Report on vaccination in the Province of Bengal - 1874-1889
Year: 1874
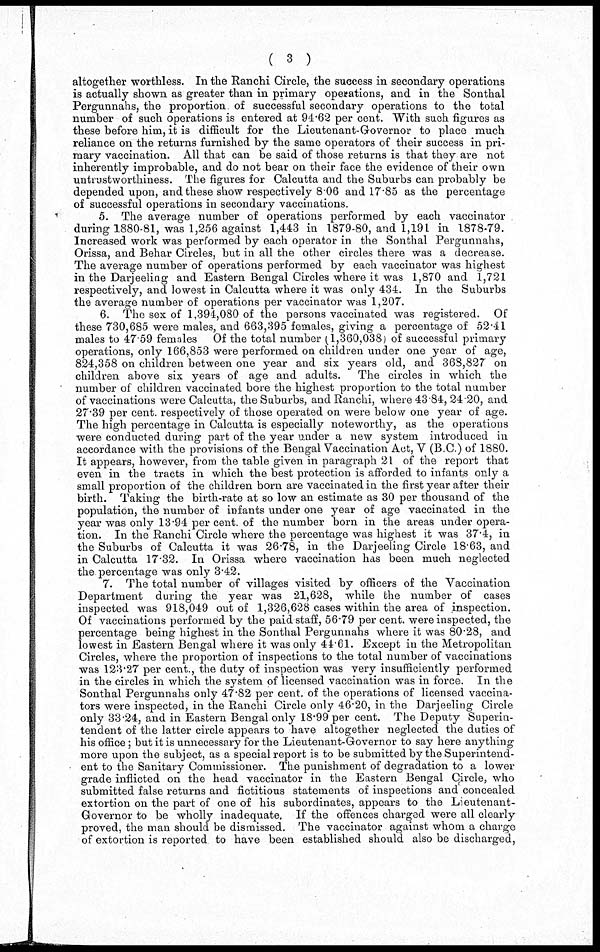
( 3 )
altogether worthless. In the Ranchi Circle, the success in secondary operations
is actually shown as greater than in primary operations, and in the Sonthal
Pergunnahs, the proportion of successful secondary operations to the total
number of such operations is entered at 94.62 per cent. With such figures as
these before him, it is difficult for the Lieutenant-Governor to place much
reliance on the returns furnished by the same operators of their success in pri-
mary vaccination. All that can be said of those returns is that they are not
inherently improbable, and do not bear on their face the evidence of their own
untrustworthiness. The figures for Calcutta and the Suburbs can probably be
depended upon, and these show respectively 8.06 and 17.85 as the percentage
of successful operations in secondary vaccinations.
5. The average number of operations performed by each vaccinator
during 1880-81, was 1,256 against 1,443 in 1879-80, and 1,191 in 1878-79.
Increased work was performed by each operator in the Sonthal Pergunnahs,
Orissa, and Behar Circles, but in all the other circles there was a decrease.
The average number of operations performed by each vaccinator was highest
in the Darjeeling and Eastern Bengal Circles where it was 1,870 and 1,721
respectively, and lowest in Calcutta where it was only 434. In the Suburbs
the average number of operations per vaccinator was 1,207.
6. The sex of 1,394,080 of the persons vaccinated was registered. Of
these 730,685 were males, and 663,395 females, giving a percentage of 52.41
males to 47.59 females Of the total number (1,360,038) of successful primary
operations, only 166,853 were performed on children under one year of age,
824,358 on children between one year and six years old, and 368,827 on
children above six years of age and adults. The circles in which the
number of children vaccinated bore the highest proportion to the total number
of vaccinations were Calcutta, the Suburbs, and Ranchi, where 43.84, 24.20, and
27.39 per cent. respectively of those operated on were below one year of age.
The high percentage in Calcutta is especially noteworthy, as the operations
were conducted during part of the year under a new system introduced in
accordance with the provisions of the Bengal Vaccination Act, V (B.C.) of 1880.
It appears, however, from the table given in paragraph 21 of the report that
even in the tracts in which the best protection is afforded to infants only a
small proportion of the children born are vaccinated in the first year after their
birth. Taking the birth-rate at so low an estimate as 30 per thousand of the
population, the number of infants under one year of age vaccinated in the
year was only 13.94 per cent. of the number born in the areas under opera-
tion. In the Ranchi Circle where the percentage was highest it was 37.4, in
the Suburbs of Calcutta it was 26.78, in the Darjeeling Circle 18.63, and
in Calcutta 17.32. In Orissa where vaccination has been much neglected
the. percentage was only 3.42.
7. The total number of villages visited by officers of the Vaccination
Department during the year was 21,628, while the number of cases
inspected was 918,049 out of 1,326,628 cases within the area of inspection.
Of vaccinations performed by the paid staff, 56.79 per cent. were inspected, the
percentage being highest in the Sonthal Pergunnahs where it was 80.28, and
lowest in Eastern Bengal where it was only 44.61. Except in the Metropolitan
Circles, where the proportion of inspections to the total number of vaccinations
was 123.27 per cent., the duty of inspection was very insufficiently performed
in the circles in which the system of licensed vaccination was in force. In the
Sonthal Pergunnahs only 47.82 per cent. of the operations of licensed vaccina-
tors were inspected, in the Ranchi Circle only 46.20, in the Darjeeling Circle
only 33.24, and in Eastern Bengal only 18.99 per cent. The Deputy Superin-
tendent of the latter circle appears to have altogether neglected the duties of
his office; but it is unnecessary for the Lieutenant-Governor to say here anything
more upon the subject, as a special report is to be submitted by the Superintend-
ent to the Sanitary Commissioner. The punishment of degradation to a lower
grade inflicted on the head vaccinator in the Eastern Bengal Circle, who
submitted false returns and fictitious statements of inspections and concealed
extortion on the part of one of his subordinates, appears to the Lieutenant-
Governor to be wholly inadequate. If the offences charged were all clearly
proved, the man should be dismissed. The vaccinator against whom a charge
of extortion is reported to have been established should also be discharged,